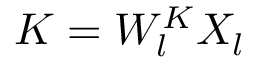
K = W _ { l } ^ { K } X _ { l }